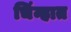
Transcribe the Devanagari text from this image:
चिंन्हात